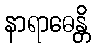
နာရာဓေန္တိ